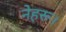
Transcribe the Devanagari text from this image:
नेहरू।